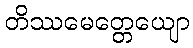
တိဿမေတ္တေယျော